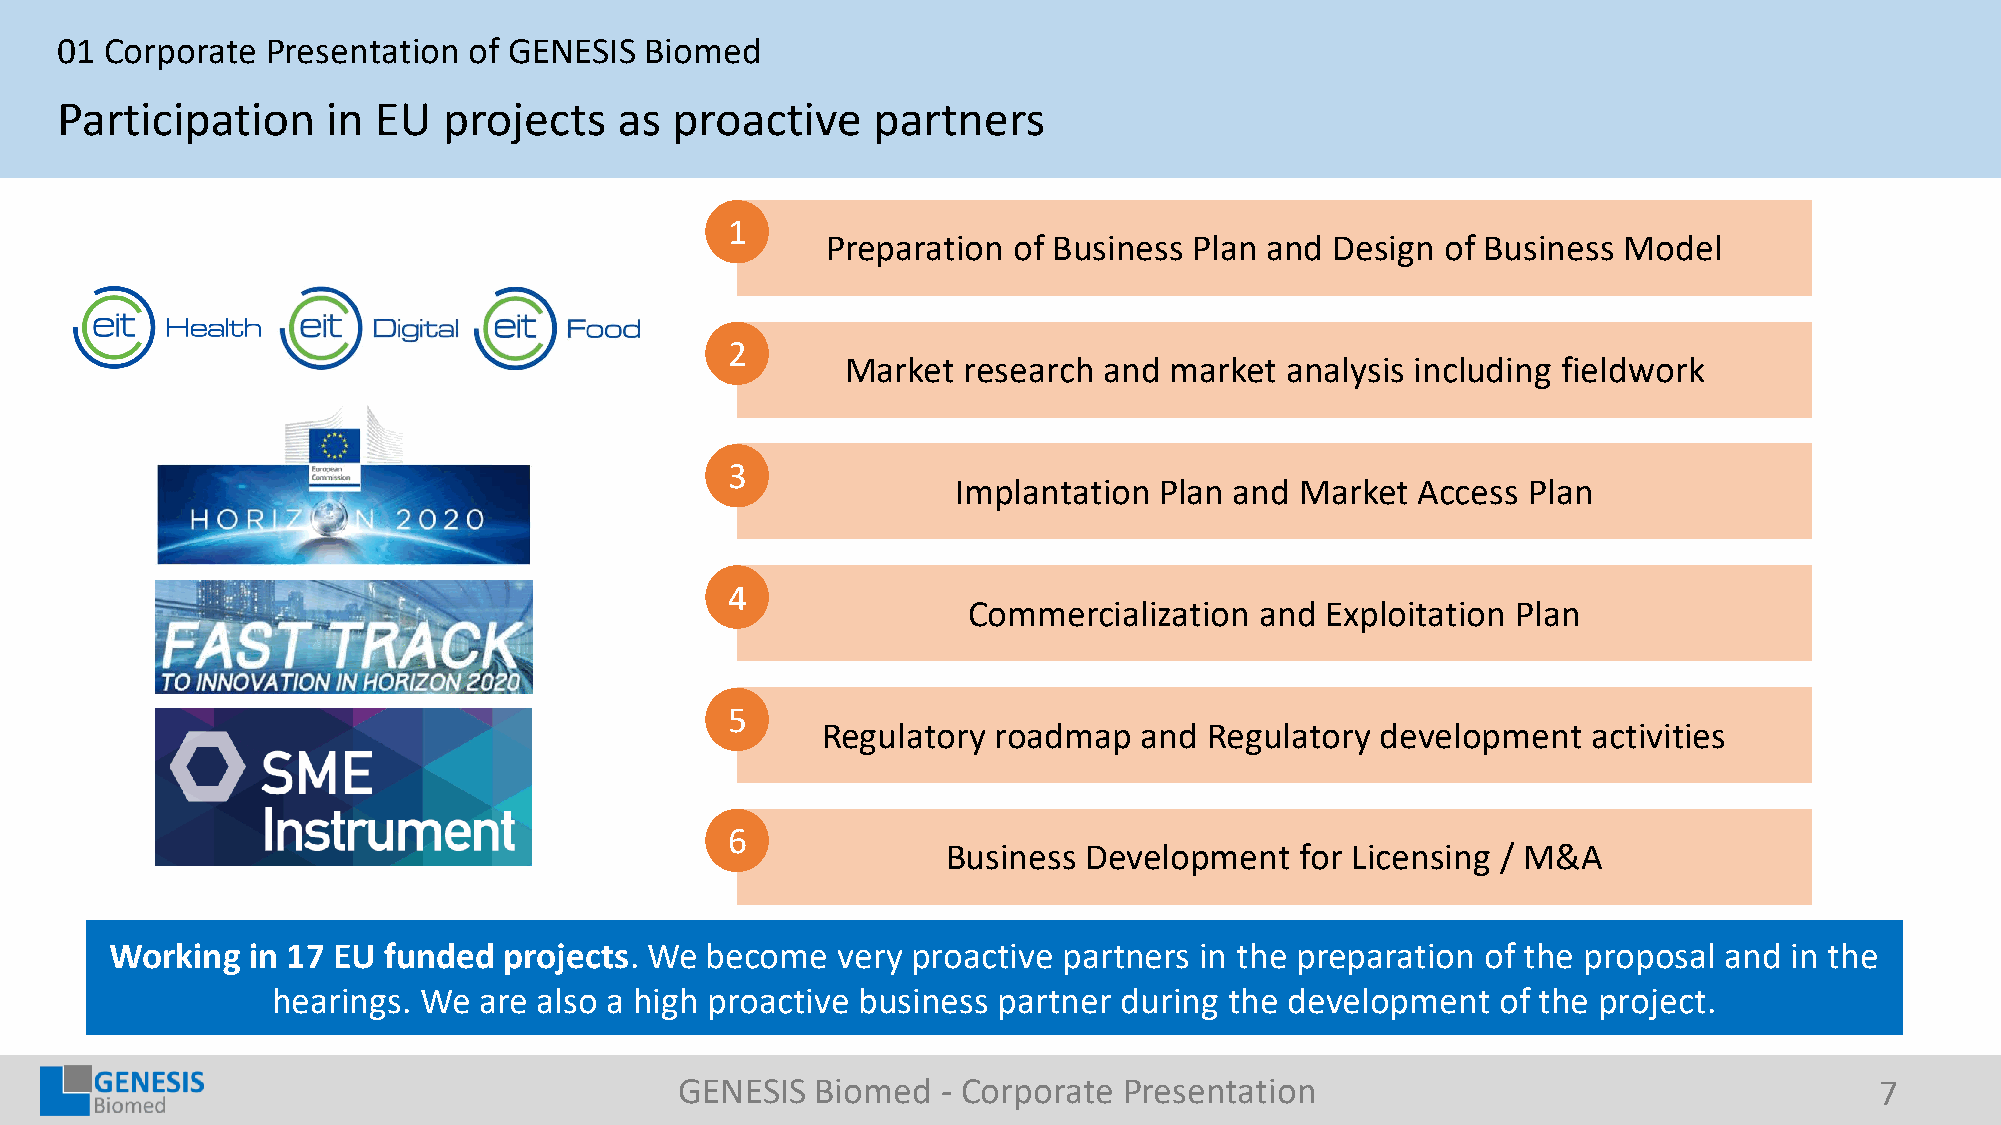
01 Corporate  Presentation of GENESIS  Biomed
 Participation     in EU  projects    as proactive     partners
 1
 Preparation of Business Plan and Design  of Business Model
 2
 Market  research and market  analysis including fieldwork
 3
 Implantation  Plan and Market  Access Plan
 4
 Commercialization  and  Exploitation Plan
 5
 Regulatory  roadmap   and Regulatory development   activities
 6
 Business Development   for Licensing / M&A
 Working  in 17 EU funded  projects. We  become  very proactive partners in the preparation of the proposal and  in the
 hearings. We  are also a high proactive business partner during the development  of the project.
 GENESIS  Biomed  - Corporate Presentation                                      7